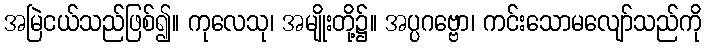
အမြဲငယ်သည်ဖြစ်၍။ ကုလေသု၊ အမျိုးတို့၌။ အပ္ပဂဗ္ဗော၊ ကင်းသောမလျော်သည်ကို